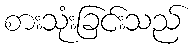
စားသုံးခြင်းသည်